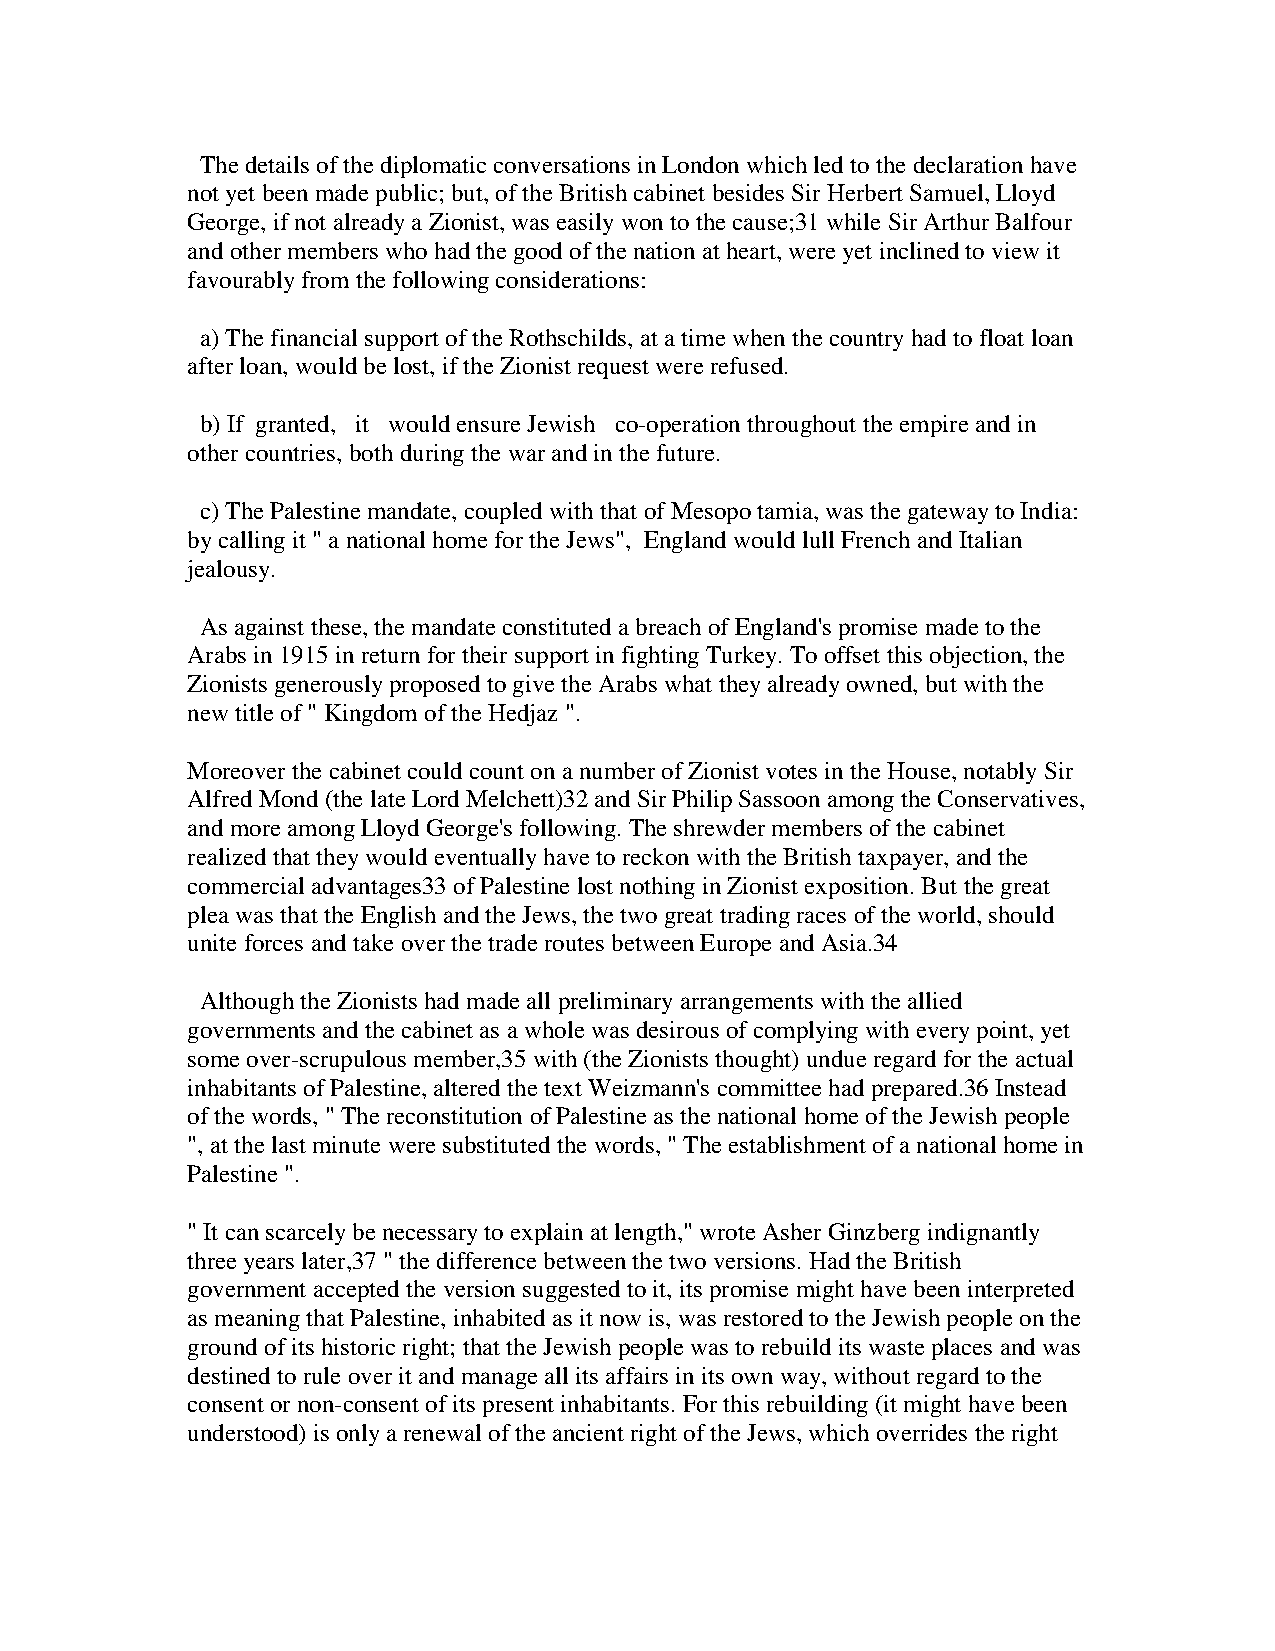
The details of the diplomatic conversations in London which led to the declaration have
 not yet been made public; but, of the British cabinet besides Sir Herbert Samuel, Lloyd
 George, if not already a Zionist, was easily won to the cause;31 while Sir Arthur Balfour
 and other members who had the good of the nation at heart, were yet inclined to view it
 favourably from the following considerations:
 a) The financial support of the Rothschilds, at a time when the country had to float loan
 after loan, would be lost, if the Zionist request were refused.
 b) If granted, it would ensure Jewish co-operation throughout the empire and in
 other countries, both during the war and in the future.
 c) The Palestine mandate, coupled with that of Mesopo tamia, was the gateway to India:
 by calling it " a national home for the Jews", England would lull French and Italian
 jealousy.
 As against these, the mandate constituted a breach of England's promise made to the
 Arabs in 1915 in return for their support in fighting Turkey. To offset this objection, the
 Zionists generously proposed to give the Arabs what they already owned, but with the
 new title of " Kingdom of the Hedjaz ".
 Moreover the cabinet could count on a number of Zionist votes in the House, notably Sir
 Alfred Mond (the late Lord Melchett)32 and Sir Philip Sassoon among the Conservatives,
 and more among Lloyd George's following. The shrewder members of the cabinet
 realized that they would eventually have to reckon with the British taxpayer, and the
 commercial advantages33 of Palestine lost nothing in Zionist exposition. But the great
 plea was that the English and the Jews, the two great trading races of the world, should
 unite forces and take over the trade routes between Europe and Asia.34
 Although the Zionists had made all preliminary arrangements with the allied
 governments and the cabinet as a whole was desirous of complying with every point, yet
 some over-scrupulous member,35 with (the Zionists thought) undue regard for the actual
 inhabitants of Palestine, altered the text Weizmann's committee had prepared.36 Instead
 of the words, " The reconstitution of Palestine as the national home of the Jewish people
 ", at the last minute were substituted the words, " The establishment of a national home in
 Palestine ".
 " It can scarcely be necessary to explain at length," wrote Asher Ginzberg indignantly
 three years later,37 " the difference between the two versions. Had the British
 government accepted the version suggested to it, its promise might have been interpreted
 as meaning that Palestine, inhabited as it now is, was restored to the Jewish people on the
 ground of its historic right; that the Jewish people was to rebuild its waste places and was
 destined to rule over it and manage all its affairs in its own way, without regard to the
 consent or non-consent of its present inhabitants. For this rebuilding (it might have been
 understood) is only a renewal of the ancient right of the Jews, which overrides the right